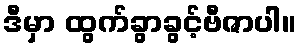
ဒီမှာ ထွက်ခွာခွင့်ဗီဇာပါ။